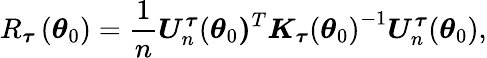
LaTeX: R_{\boldsymbol{\tau}}\left(\boldsymbol{\theta}_{0}\right)=\frac{1}{n}\boldsymbol{U}_{n}^{\boldsymbol{\tau}}(\boldsymbol{\theta}_{0}\boldsymbol{)}^{T}\boldsymbol{K}_{\boldsymbol{\tau}}\left(\boldsymbol{\theta}_{0}\right)^{-1}\boldsymbol{U}_{n}^{\boldsymbol{\tau}}(\boldsymbol{\theta}_{0}),